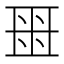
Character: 𬻟